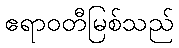
ဧရာဝတီမြစ်သည်